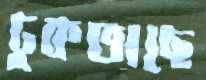
ঢুকতাছে